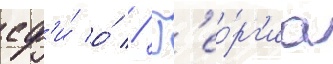
сф'и́ о́ // Г'ео́рг'иа